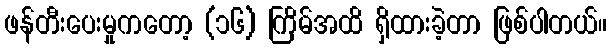
ဖန်တီးပေးမှုကတော့ (၁၆) ကြိမ်အထိ ရှိထားခဲ့တာ ဖြစ်ပါတယ်။